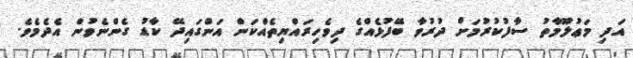
އަދި މަޢުލޫމާތު ސާފުކުރުމަށް ދުރުވާ ބޭފުޅެއްގެ ދިވެހިރައްޔިތެއްކަން އަންގައިދޭ ކާޑު ގެންނެވުން އެދެމެވެ.